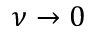
\nu \to 0